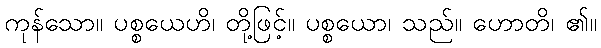
ကုန်သော။ ပစ္စယေဟိ၊ တို့ဖြင့်။ ပစ္စယော၊ သည်။ ဟောတိ၊ ၏။